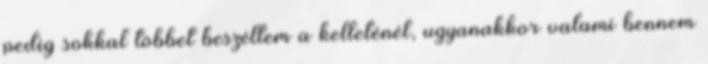
pedig sokkal többet beszéltem a kelleténél, ugyanakkor valami bennem